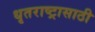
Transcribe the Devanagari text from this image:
धृतराष्ट्रासाठी